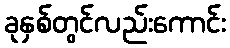
ခုနှစ်တွင်လည်းကောင်း